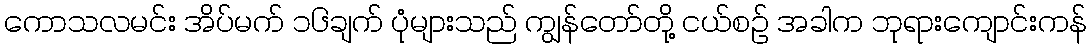
ကောသလမင်း အိပ်မက် ၁၆ချက် ပုံများသည် ကျွန်တော်တို့ ငယ်စဉ် အခါက ဘုရားကျောင်းကန်